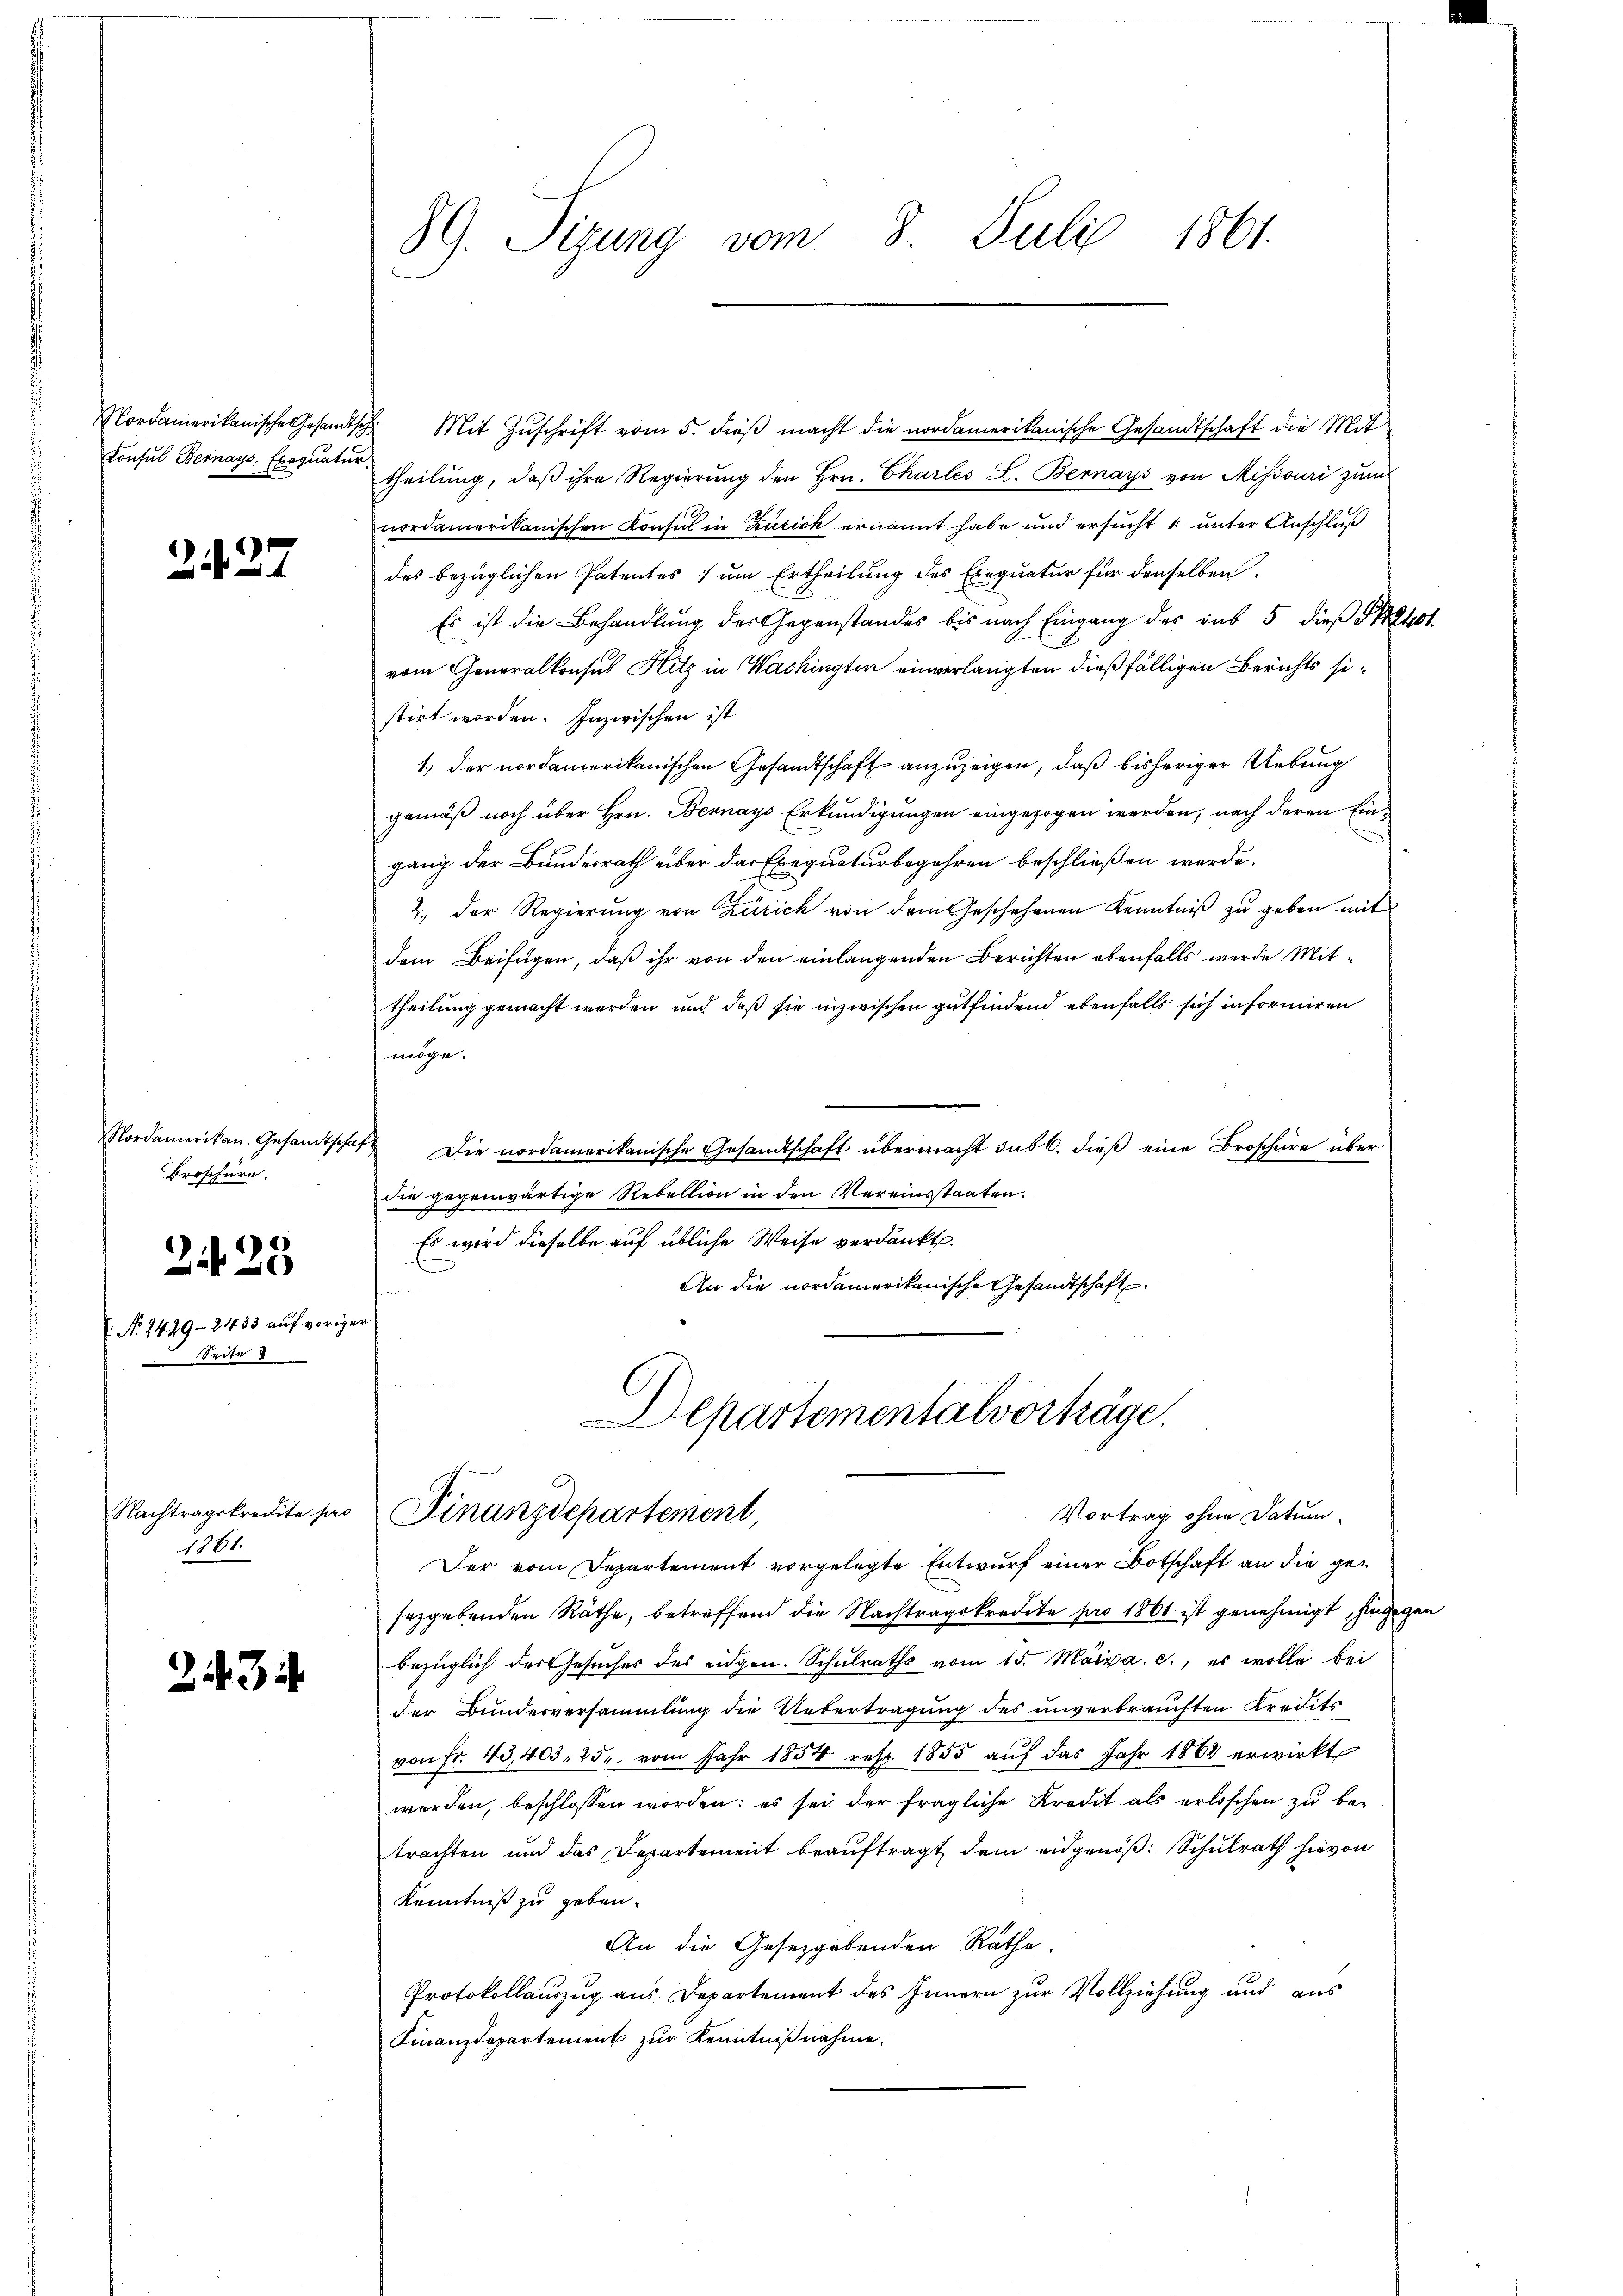
Nordamerikanische Gesandtsch
Consul Bernays, Exequatur

2427

Nordamerikan. Gesandtsche
Broschüre.

225

No. 2429-2433 auf vorig
eder

Nachtragskredite pro
1881.

234

89. Sigung vom 8. Juli 1861.

2. Mit Zuschrift vom 5. dieß macht die nordamerikanische Gesandtschaft die Mittheilŭng, daβ ihre Regierŭng den Hrn. Charles L. Bernays von Missouri zum
nordamerikanischen Konsul in Zusick ernannt habe und ersucht 1 unter Anschluß
des bezüglichen Patentes um Ertheilung des Exequatur für denselben.
Es ist die Behandlung des Gegenstandes bis nach Eingang des sub 5 dieß stehst
vom Generalkonsul Hitz in Wachington einverlangten dießfälligen Berichts sistirt worden. Inzwischen ist
1.) der nordamerikanischen Gesandtschaft anzuzeigen, daß bisheriger Uebung
gemäß noch über Hrn. Bernays Erkundigungen eingezogen werden, nach deren Eingang der Bundesrath über das Exequaturbegehren beschließen werde.
2., der Regierung von Zürich von dem Geschehenen Kenntniß zu geben mit
dem Beifügen, daß ihr von den einlangenden Berichten ebenfalls werde Mittheilung gemacht werden und daß sie inzwischen gutfindend ebenfalls sich informiren
möge.
Die nordamerikanische Gesandtschaft übermacht sub 6. dieß eine Broschüre über
die gegenwärtige Rebellion in den Vereinsstaaten.
Es wird dieselbe auf übliche Weise verdankt.
An die nordamerikanische Gesandtschaft
Departementalvorträge.
Vortrag ohne Datum
Finanzdepartement,
Der vom Departement vorgelegte Entwurf einer Botschaft an die gesezgebenden Räthe, betreffend die Nachtragskredite pro 1861 ist genehmigt, hingegen
bezüglich des Gesŭcher des eidgen. Schulraths vom 15. Maixa. c., es wolle bei
der Bundesversammlung die Uebertragung des unverbrauchten Kredits
von fr. 43,403. 25. vom Jahr 1854 rebr. 1855 aŭf das Jahr 1864 erwirkt
werden, beschlossen worden; es sei der fragliche Kredit als erloschen zŭ be-
trachten und das Departement beauftragt dem eidgenöß: Schulrath hievon
Kenntniß zu geben.
An die Gesetzgebenden Rathe
Protokollauszug aus Departement des Innern zur Vollziehung und aus
Finanzdepartement zŭr Kenntniβnahme.